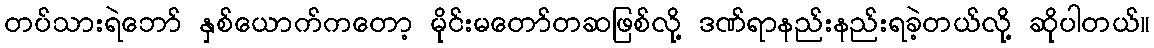
တပ်သားရဲဘော် နှစ်ယောက်ကတော့ မိုင်းမတော်တဆဖြစ်လို့ ဒဏ်ရာနည်းနည်းရခဲ့တယ်လို့ ဆိုပါတယ်။